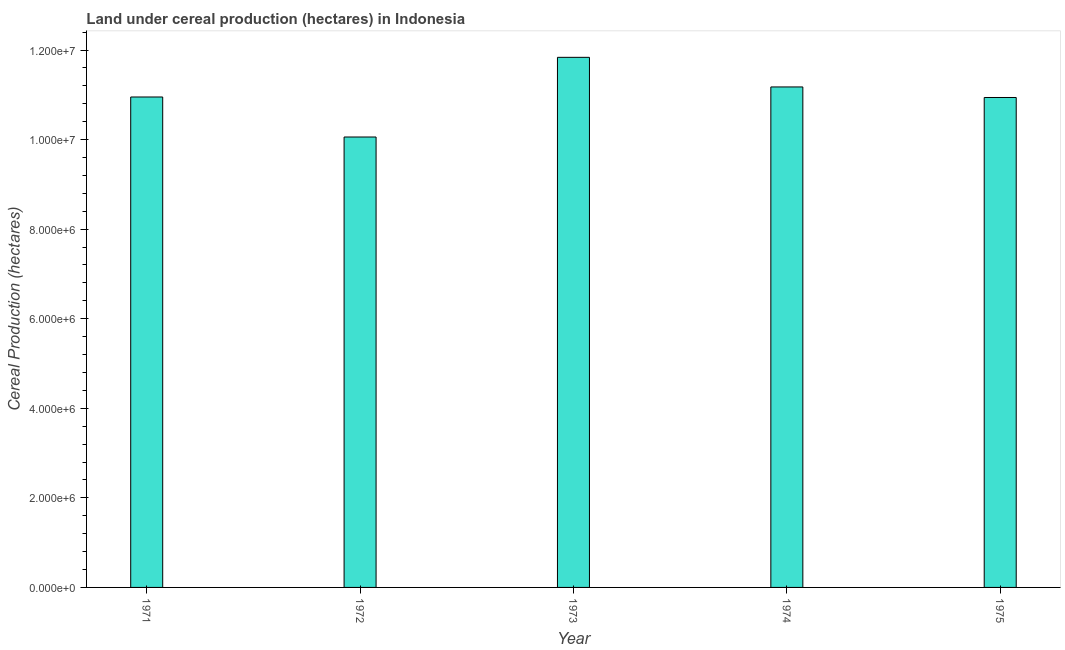
| Year | Land under cereal production (hectares) |
 | --- | --- |
 | 1971 | 1.1e+07 |
 | 1972 | 1.01e+07 |
 | 1973 | 1.18e+07 |
 | 1974 | 1.12e+07 |
 | 1975 | 1.09e+07 |